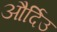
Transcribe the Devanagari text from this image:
और्दिउ